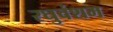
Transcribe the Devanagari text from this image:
रघुवंशम